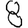
Digit: 8